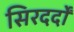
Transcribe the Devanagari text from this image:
सिरदर्दों